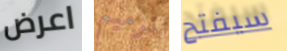
اعرض ترميم سيفتح